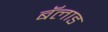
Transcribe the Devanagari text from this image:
बॅलाड